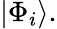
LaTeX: \left|\Phi_{i}\right\rangle.